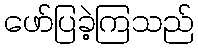
ဖော်ပြခဲ့ကြသည်